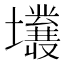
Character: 𡓙